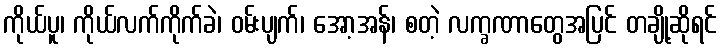
ကိုယ်ပူ၊ ကိုယ်လက်ကိုက်ခဲ၊ ဝမ်းပျက်၊ အော့အန်၊ စတဲ့ လက္ခဏာတွေအပြင် တချို့ဆိုရင်